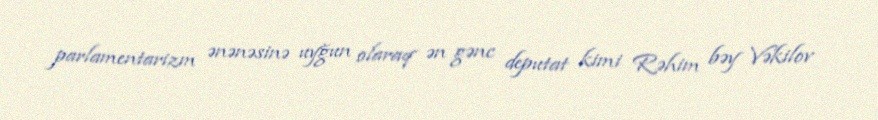
parlamentarizm ənənəsinə uyğun olaraq ən gənc deputat kimi Rəhim bəy Vəkilov